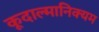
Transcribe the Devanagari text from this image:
कूदाल्मानिक्यम